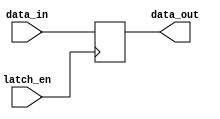
module transparent_latch (
    input wire data_in,
    input wire latch_en,
    output reg data_out
);

always @ (posedge latch_en)
begin
    if (latch_en)
        data_out <= data_in;
end

endmodule